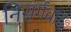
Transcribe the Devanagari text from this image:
निसर्गवाद